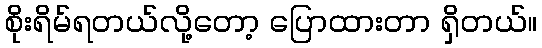
စိုးရိမ်ရတယ်လို့တော့ ပြောထားတာ ရှိတယ်။